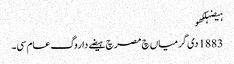
ہیضہلکھو
1883 دی گرمیاں چ مصر چ ہیضے دا روگ عام سی۔